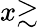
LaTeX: x{\gtrsim}